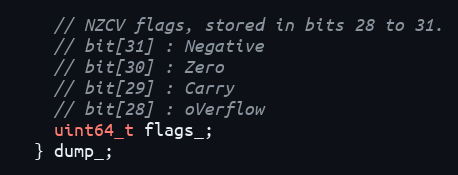
Language: C
    // NZCV flags, stored in bits 28 to 31.
    // bit[31] : Negative
    // bit[30] : Zero
    // bit[29] : Carry
    // bit[28] : oVerflow
    uint64_t flags_;
  } dump_;